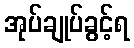
အုပ်ချုပ်ခွင့်ရ